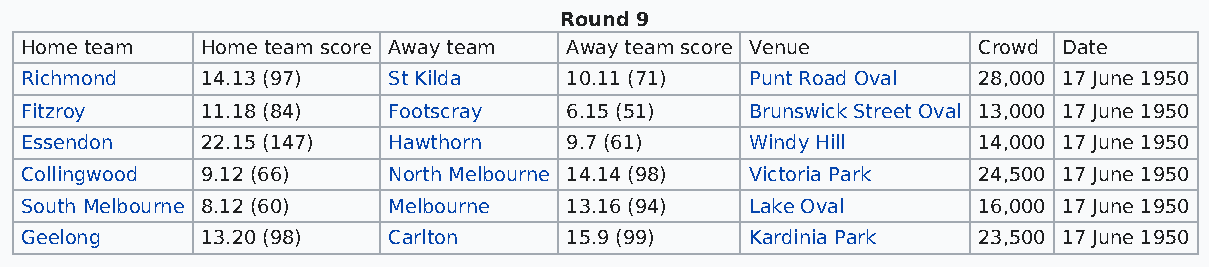
Round 9
 Home team   Home team score Away team Away team score Venue     Crowd Date
 Richmond    14.13 (97)   St Kilda   10.11 (71)   Punt Road Oval 28,000 17 June 1950
 Fitzroy     11.18 (84)   Footscray  6.15 (51)    Brunswick Street Oval 13,000 17 June 1950
 Essendon    22.15 (147)  Hawthorn   9.7 (61)     Windy Hill     14,000 17 June 1950
 Collingwood 9.12 (66)    North Melbourne 14.14 (98) Victoria Park 24,500 17 June 1950
 South Melbourne 8.12 (60) Melbourne 13.16 (94)   Lake Oval      16,000 17 June 1950
 Geelong     13.20 (98)   Carlton    15.9 (99)    Kardinia Park  23,500 17 June 1950